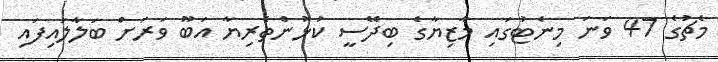
މެޗުގެ 47 ވަނަ މިނެޓުގައި މާޒިޔާގެ ބިދޭސީ ކުޅުންތެރިޔާ އަބޫ ވަރަށް ބަލާލައިފައި